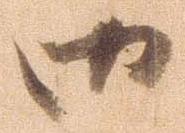
御